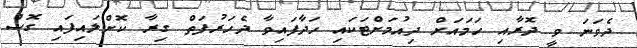
ދެވަނަ ވީ ދޮރާއި ހަމައަށް ދިއުމަށްޓަކައި ހަދާފައިވާ ދެހަރުފަތް ގިރާ ކޮށްލައިފައި ގޮސް